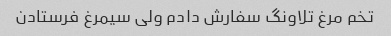
تخم مرغ تلاونگ سفارش دادم ولی سیمرغ فرستادن